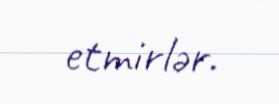
etmirlər.